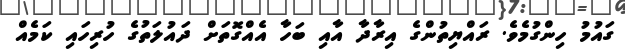
ގައުމު ހިންގުމެވެ. ރައްޔިތުންގެ އިރާދާ އާއި ބަހާ އެއްގޮތަށް ދައުލަތުގެ ހުރިހައި ކަމެއް